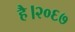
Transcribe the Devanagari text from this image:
है।२०६७